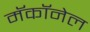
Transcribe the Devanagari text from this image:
मॅकॉनेल